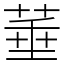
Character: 菙